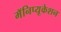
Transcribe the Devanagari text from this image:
मॅनिप्यूकेशन